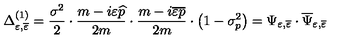
\Delta _ { \varepsilon , \overline { { \varepsilon } } } ^ { ( 1 ) } = \frac { \sigma ^ { 2 } } 2 \cdot \frac { m - i \varepsilon \widehat { p } } { 2 m } \cdot \frac { m - i \overline { { \varepsilon } } \overline { { p } } } { 2 m } \cdot \left( 1 - \sigma _ { p } ^ { 2 } \right) = \Psi _ { \varepsilon , \overline { { \varepsilon } } } \cdot \overline { { \Psi } } _ { \varepsilon , \overline { { \varepsilon } } }